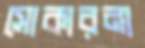
সোকারনা